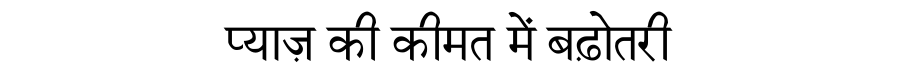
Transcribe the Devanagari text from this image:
प्याज़ की कीमत में बढ़ोतरी